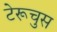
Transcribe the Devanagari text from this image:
टेरूचुस